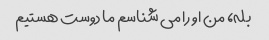
بله، من او را می شناسم ما دوست هستیم